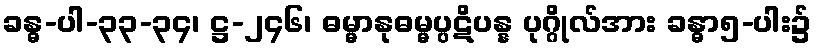
ခန္ဓ-ပါ-၃၃-၃၄၊ ဋ္ဌ-၂၄၆၊ ဓမ္မာနုဓမ္မပ္ပဋိပန္န ပုဂ္ဂိုလ်အား ခန္ဓာ၅-ပါး၌